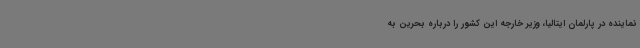
نماینده در پارلمان ایتالیا، وزیر خارجه این کشور را درباره بحرین به